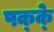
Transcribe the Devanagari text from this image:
पक्‍क्‍े